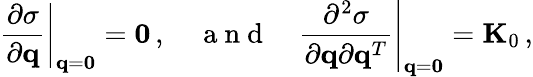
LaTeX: \left.\frac{\partial\sigma}{\partial{\mathbf q}}\right|_{{\mathbf q}={\mathbf 0}}={\mathbf 0}\, ,\quad\mathrm{~a~n~d~}\quad\left.\frac{\partial^{2}\sigma}{\partial{\mathbf q}\partial{\mathbf q}^{T}}\right|_{{\mathbf q}={\mathbf 0}}={\mathbf K}_{0}\, ,